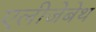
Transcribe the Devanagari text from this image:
एलीजेबेथ